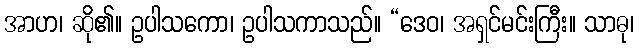
အာဟ၊ ဆို၏။ ဥပါသကော၊ ဥပါသကာသည်။ “ဒေဝ၊ အရှင်မင်းကြီး။ သာဓု၊